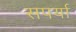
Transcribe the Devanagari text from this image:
सपर्या